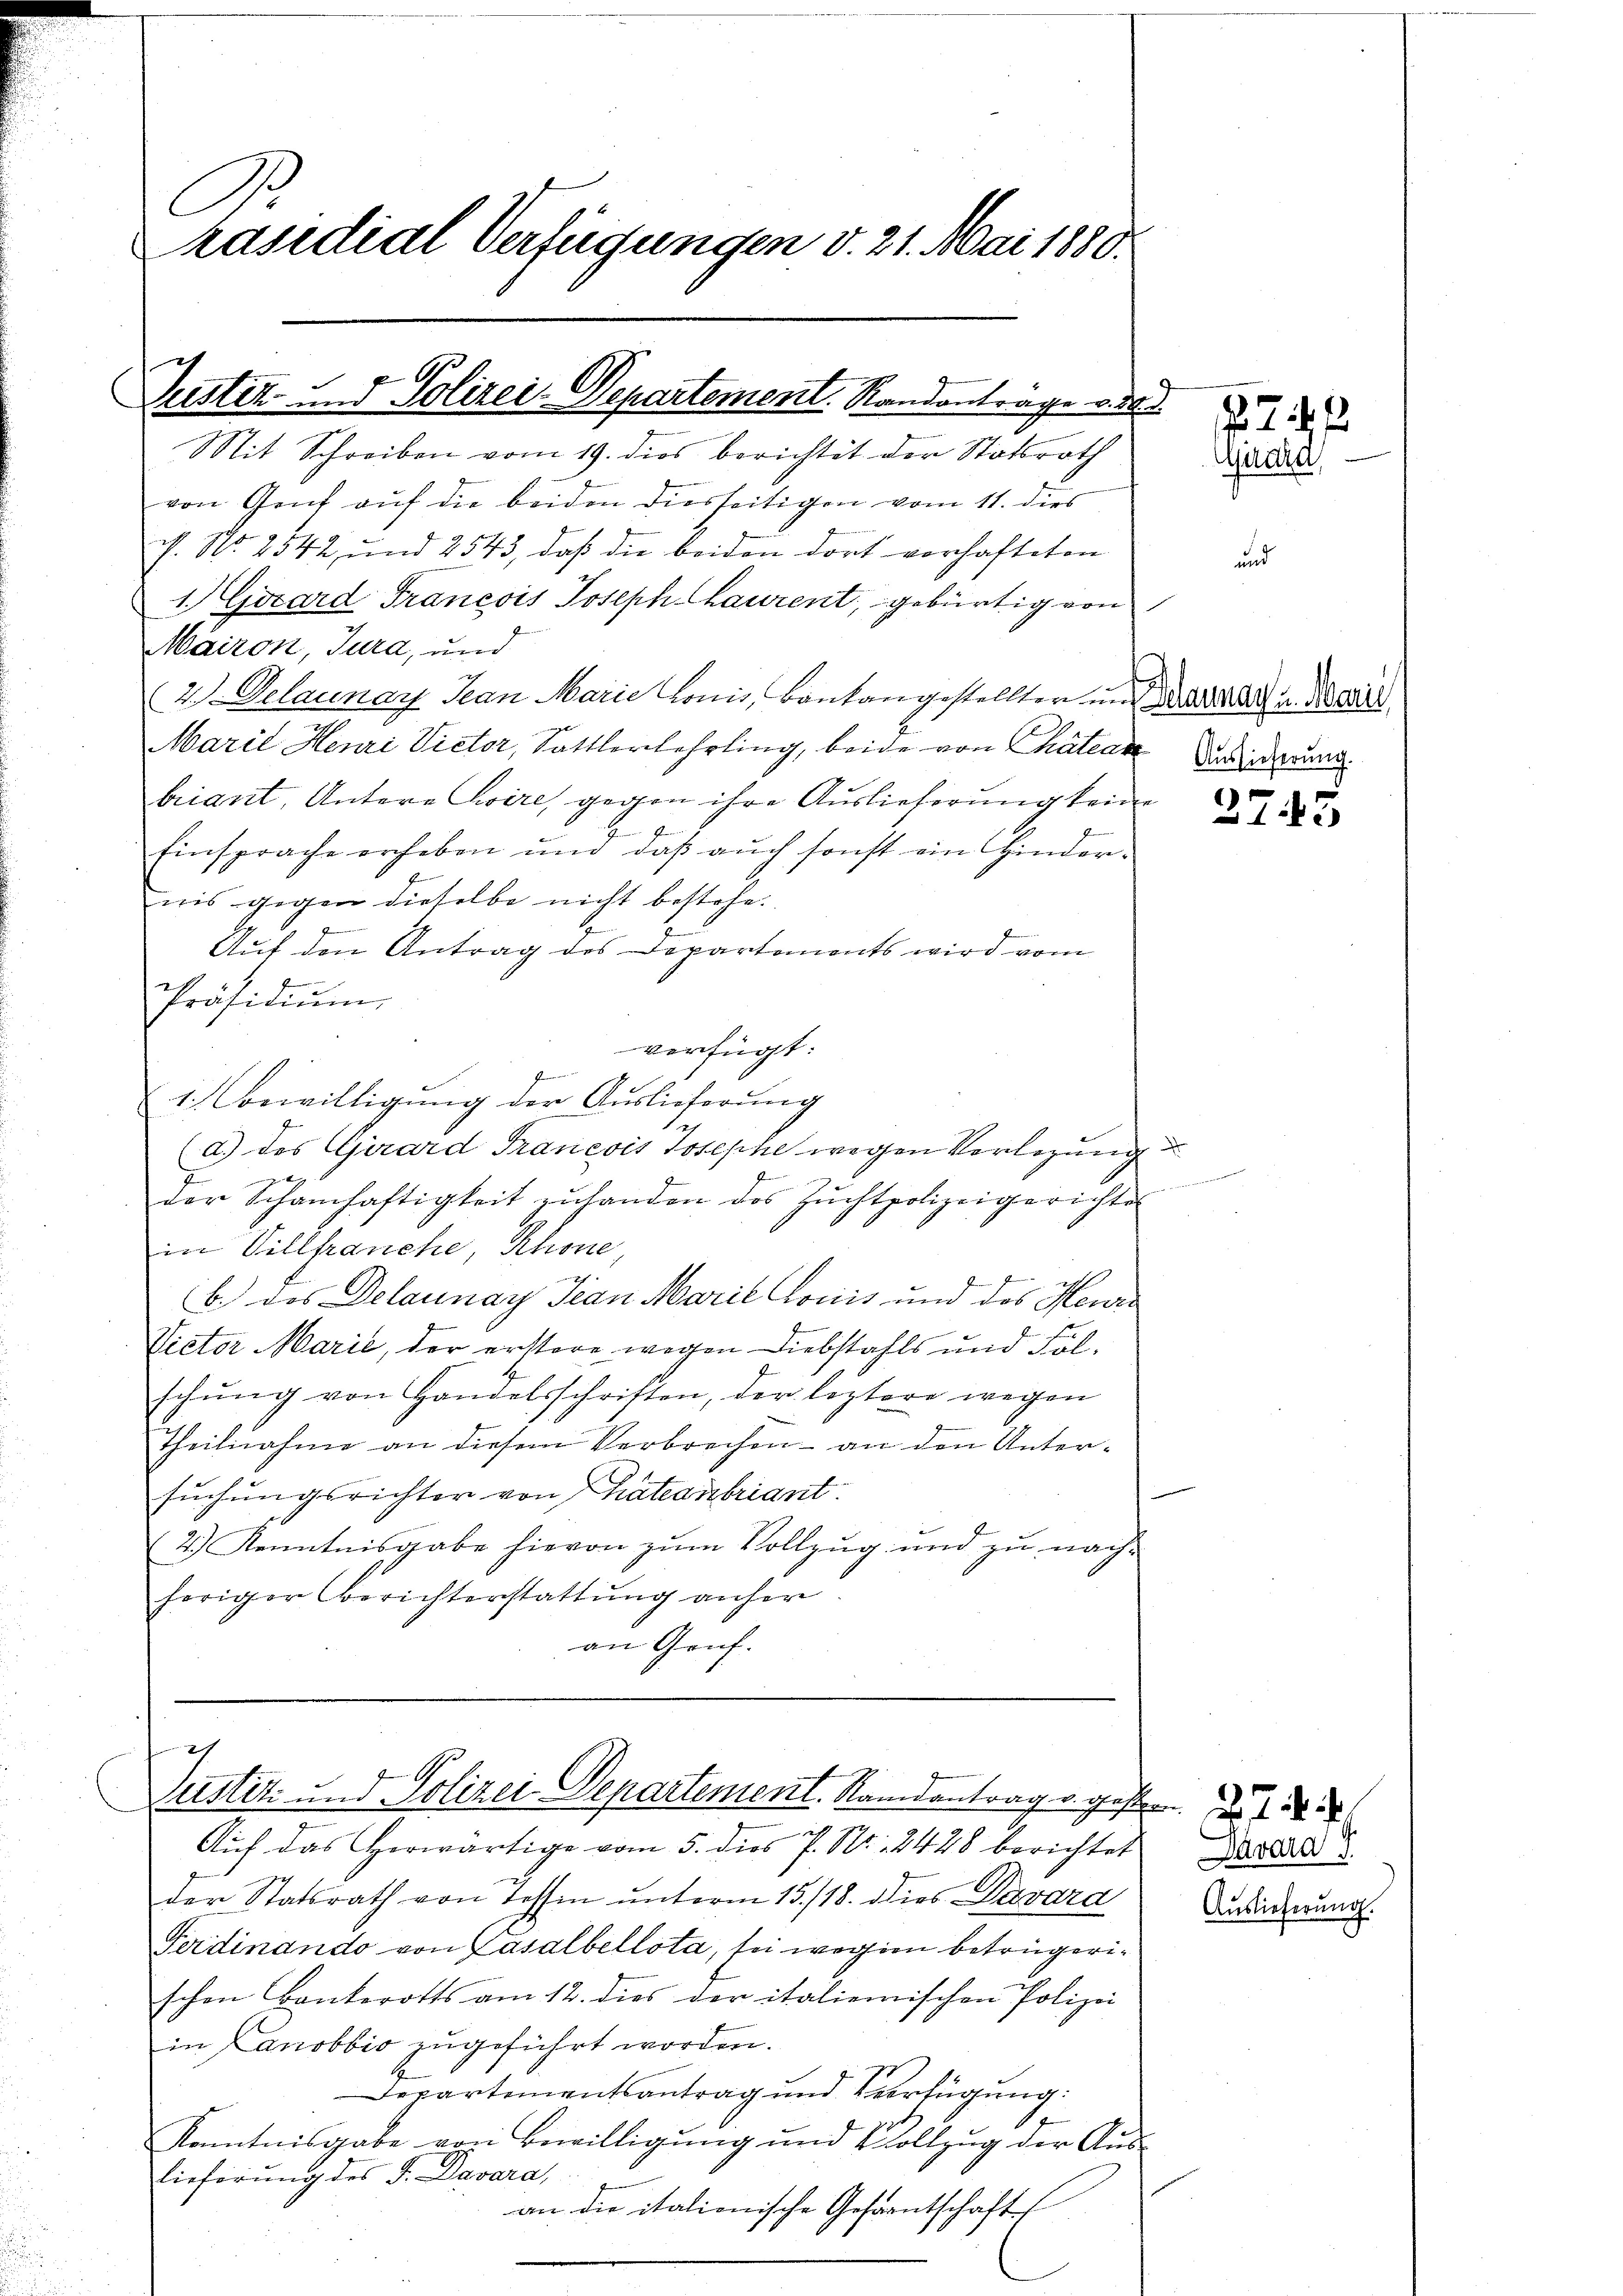
C
räsidial Verfügungen d. 21. Mai 1880.

ich
Zustiz- und Polizei-Departement. Standantrage ode
Mit Schreiben vom 19. dies berichtet der Statsrath

von Genf auf die beiden diesseitigen vom 11. dies
c. No 2542, und 2543, daß die beiden dort vorhafteten
1. Girard Francois Joseph Chaurent, gebürtig von
Mairon, Jura, und
2 Velaunay Jean Marie lonis, Bontangestellten und an u. Mari
Marii Henri Victor, Sattlerlehrling, beide von Chatea Wiederung.
briant, Untere wire, gegen ihre Auslieferung keine
E
Einsprache erheben ŭm daβ aŭch sonst ein Hinder-
nis gegen dieselbe nicht bestehe.
Auf den Antrag des Departements wird vom
Präsidiŭm
verfügt:
Herren in der
1. Bewilligung der Auslieferung
(d.) des Girard Francois Josephe wegen Vorlegung
der Schamhaftigkeit zŭ handen des Zŭchtpolizeigerichte
in Villfranche, Rhone
7
b.) das Delaunay Jean Marie Louis und des Herre
Victor Marić, der erstere wegen Diebstahls und Folschŭng von Handelsschriften, der leztere wegen
Theilnahme an diesem Verbrechen - an den Untersuchungsrichter von Chateanbriant.
4.) Kenntnisgabe hievon zum Vollzug und zu nachheriger Berichterstattung anher
an Genf.

h
Justiz- und Polizei-Departement. Randantrag u. gestern

Auf das Herwärtige vom 5. dies P. Nr. 2428 berichtet
der Statsrath von Tessin unterm 15./18. dies Davard
Ferdinando von Casalbellota, sei wegen betrügerischen Bankerotts am 12. dies der italienischen Polizei
in Lanobbio zugeführt worden.
Departementsantrag und Verfügung:
17
Kenntnisgabe von Bewilligung und Vollzug der Aus-
lieferung des J. Davara,
an die italionische Gesarntschaft

Girard

)
13

Davara I
Auslieferung.